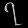
Digit: ၇